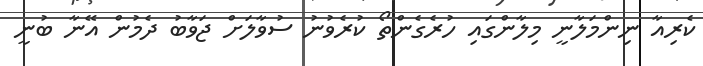
ކެރިއާ ނިންމަލާނީ މިލާންގައި ހުރެގެންތޯ ކުރެވުނު ސުވާލަށް ޖަވާބު ދެމުން އޭނާ ބުނީ